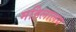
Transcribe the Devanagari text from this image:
महिलालय